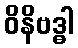
ဝိနိဗဒ္ဓါ